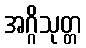
အဂ္ဂိသုတ္တ